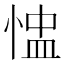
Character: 𢝈